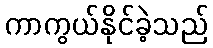
ကာကွယ်နိုင်ခဲ့သည်